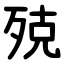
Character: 殑